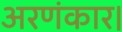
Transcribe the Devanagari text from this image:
अरणंकार।